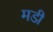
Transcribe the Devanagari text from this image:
मडी